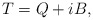
\begin{align*}T=Q+iB,\end{align*}